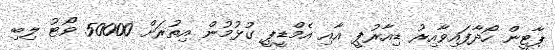
ޕާޓީން ހޯދާފައިވާއިރު ޑިއާރުޕީ އާއި އެމްޑީޕީ ގުޅުމުން އިތުރަށް 50000 ވޯޓު ލިބި